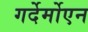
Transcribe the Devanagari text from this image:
गर्देर्मोएन